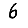
Digit: 6